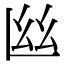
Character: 𢆸